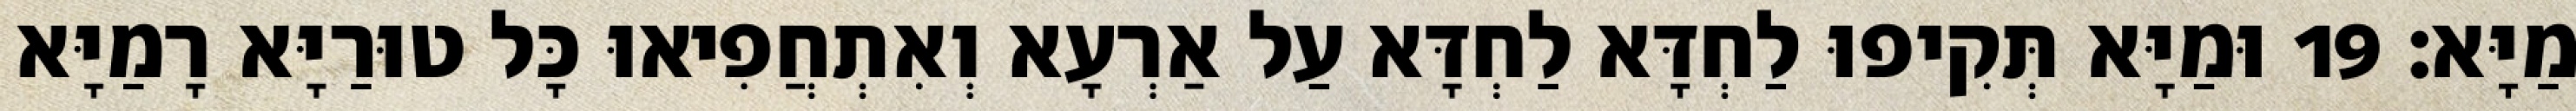
מַיָּא׃ 19 וּמַיָּא תְּקִיפוּ לַחְדָּא לַחְדָּא עַל אַרְעָא וְאִתְחֲפִיאוּ כָּל טוּרַיָּא רָמַיָּא